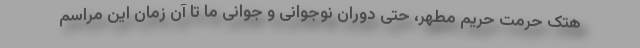
هتک حرمت حریم مطهر، حتی دوران نوجوانی و جوانی ما تا آن زمان این مراسم